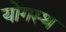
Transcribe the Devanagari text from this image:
योगस्थ